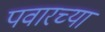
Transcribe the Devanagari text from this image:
पवारच्या